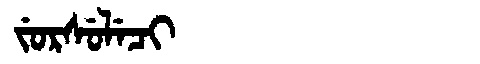
Manchu: ᠵᡠᡵᠰᡠᠯᡝᠴᡳ
Romanization: JURSULECI